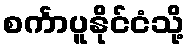
စင်္ကာပူနိုင်ငံသို့